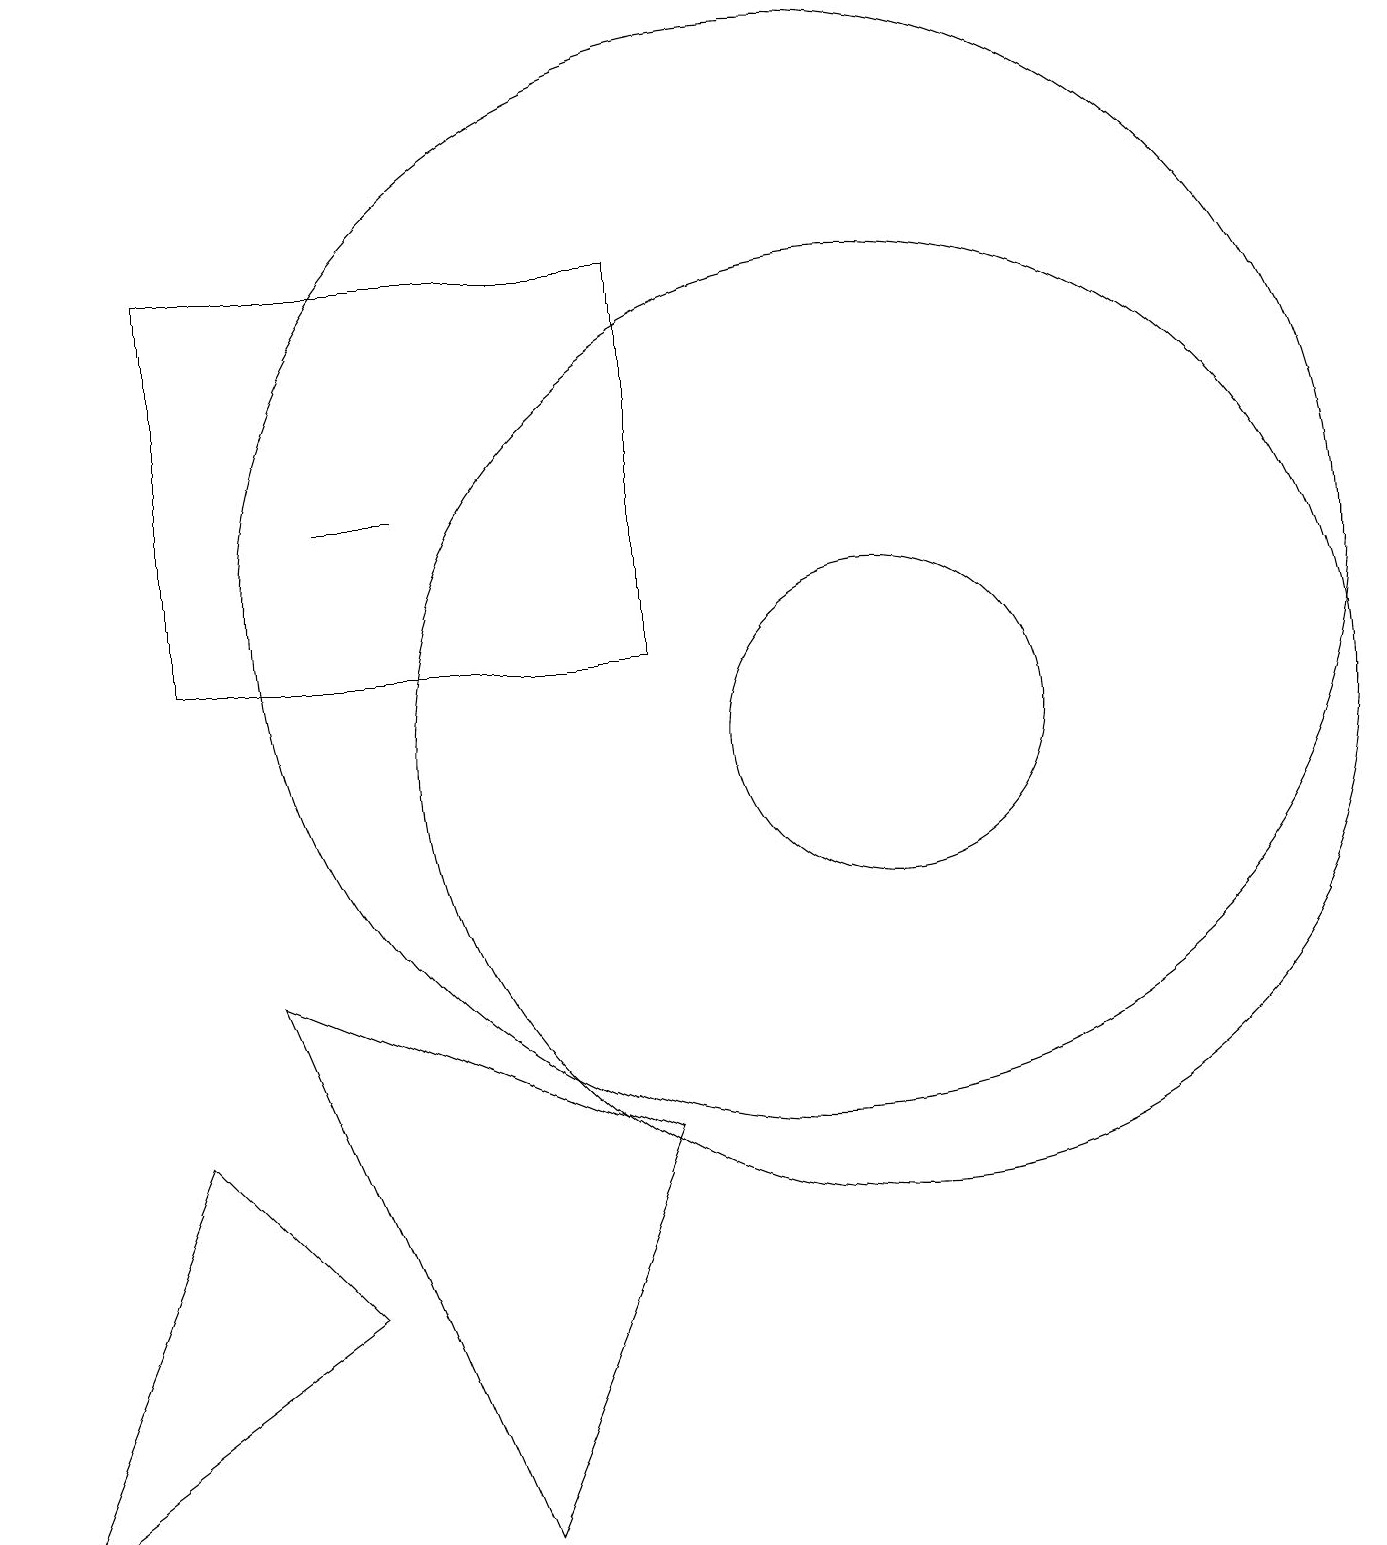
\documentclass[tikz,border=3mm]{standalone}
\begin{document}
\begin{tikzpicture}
\draw (10,12) circle (7);
\draw (4,13) rectangle (5,13);
\draw (11,10) circle (2);
\draw (6,0) -- (8,5) -- (3,7) -- cycle;
\draw (8,16) rectangle (2,11);
\draw (11,10) circle (6);
\draw (2,5) -- (4,3) -- (0,0) -- cycle;
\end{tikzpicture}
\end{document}